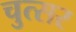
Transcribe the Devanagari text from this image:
चुत्सर